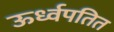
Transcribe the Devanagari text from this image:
ऊर्ध्वपतित